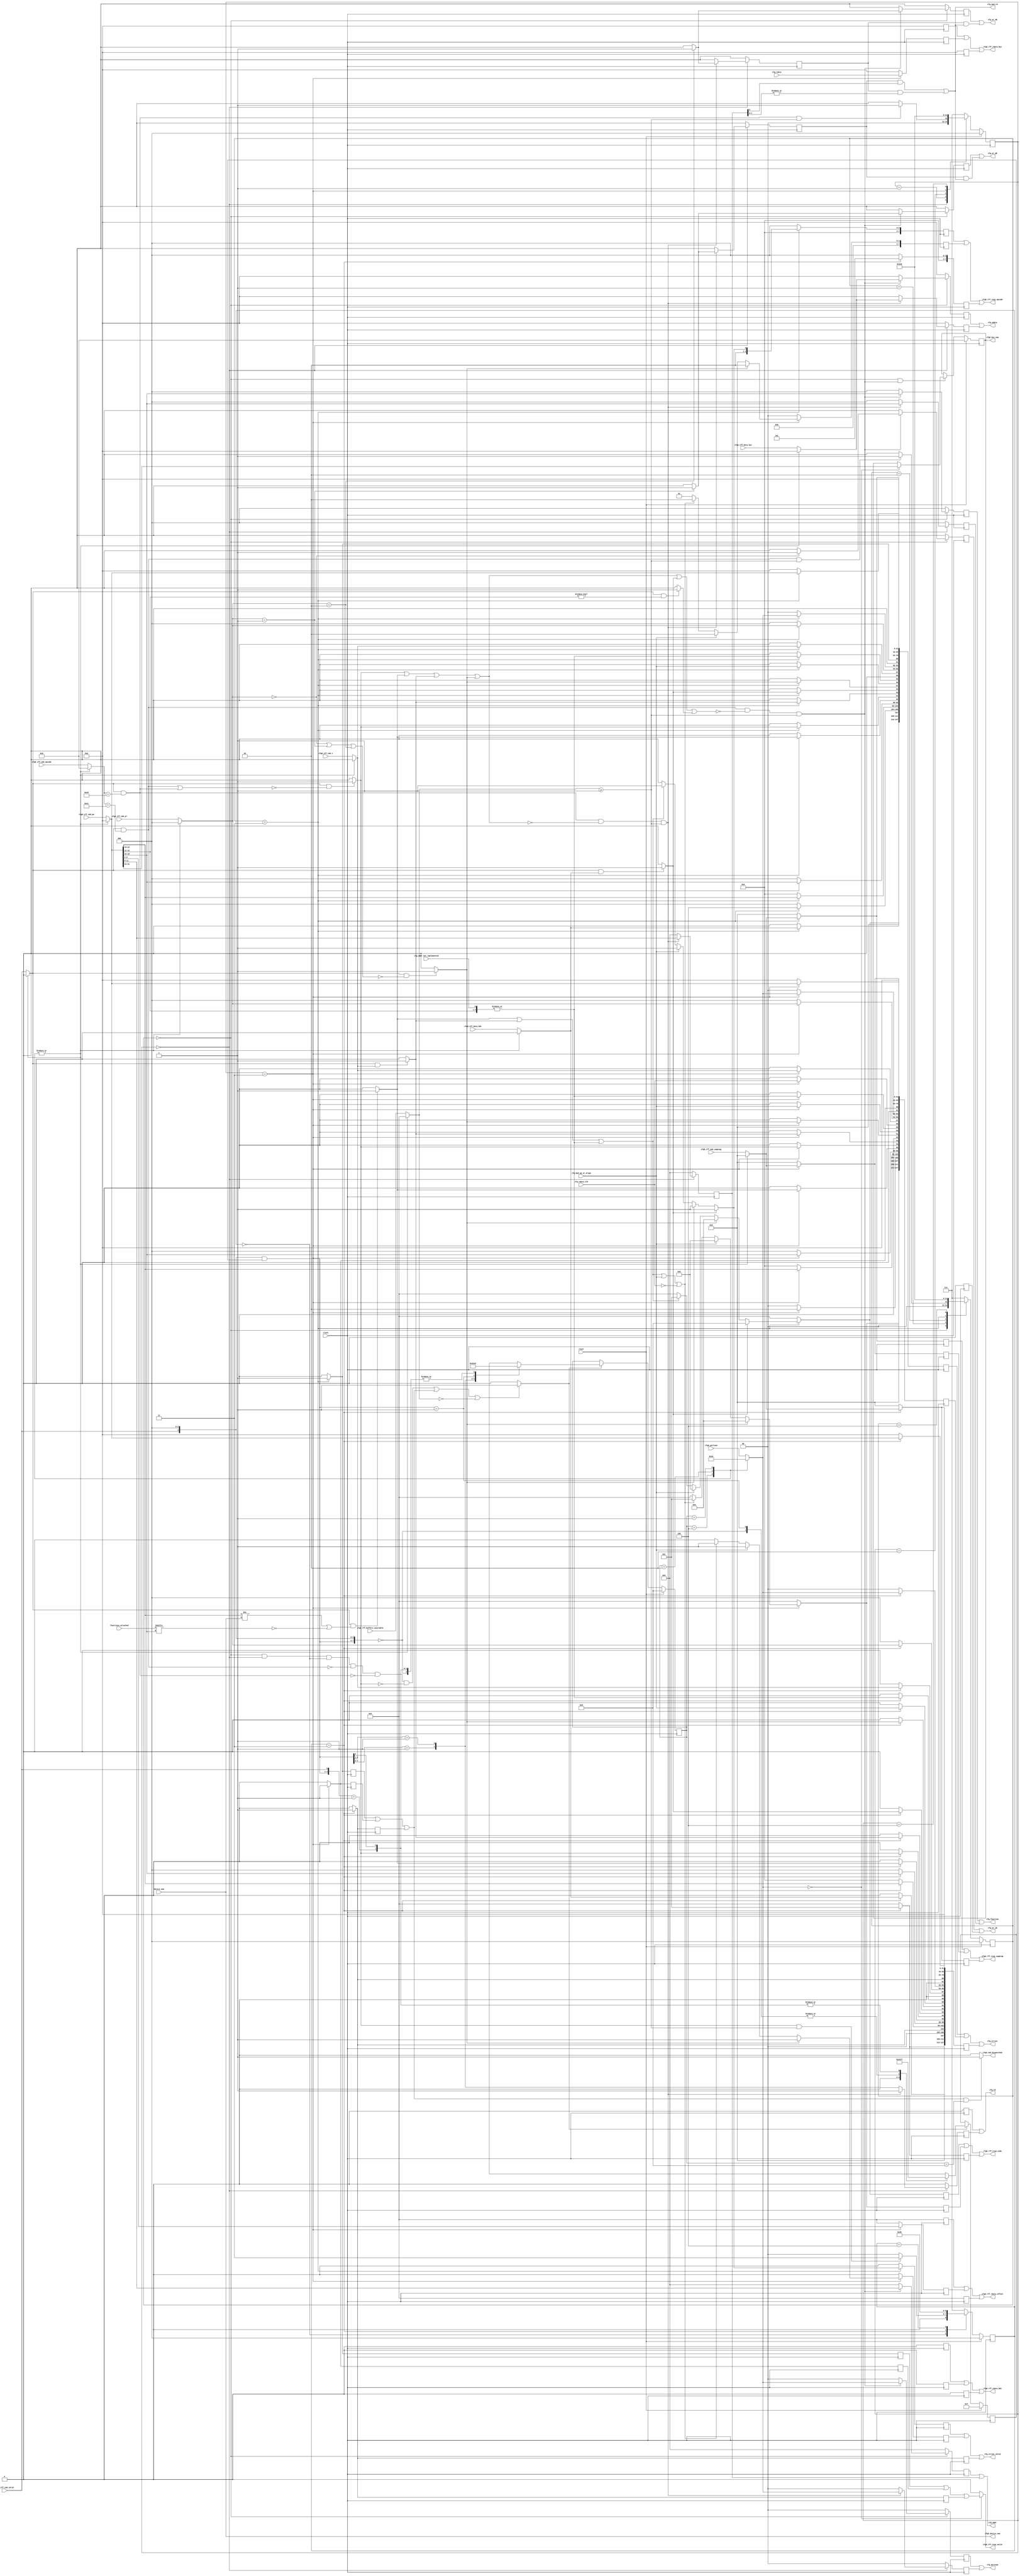
// *!***************************************************************************
// *! Copyright 2019 International Business Machines
// *!
// *! Licensed under the Apache License, Version 2.0 (the "License");
// *! you may not use this file except in compliance with the License.
// *! You may obtain a copy of the License at
// *! http://www.apache.org/licenses/LICENSE-2.0
// *!
// *! The patent license granted to you in Section 3 of the License, as applied
// *! to the "Work," hereby includes implementations of the Work in physical form.
// *!
// *! Unless required by applicable law or agreed to in writing, the reference design
// *! distributed under the License is distributed on an "AS IS" BASIS,
// *! WITHOUT WARRANTIES OR CONDITIONS OF ANY KIND, either express or implied.
// *! See the License for the specific language governing permissions and
// *! limitations under the License.
// *!
// *! The background Specification upon which this is based is managed by and available from
// *! the OpenCAPI Consortium.  More information can be found at https://opencapi.org.
// *!***************************************************************************
 
 
 
`timescale 1ps / 1ps
  `define CFG_SEQ_VERSION         03_Apr_2019   //  #101 Prevent non-zero 15:12 of physical address access from updating register



module cfg_seq (
    input         clock                       // Clock - samples & launches data on rising edge
  , input         reset                       // When 1, reset registers to an empty FIFO state
  
    // Information about instantiation
  , input   [4:0] device_num                  // Propagate down from Device input
  , input   [7:0] functions_attached          // For each Function attached, set the bit to 1 corresponding to its number (i.e. Func 0,1 = 8'h03)

    // Port 0: From CMD FIFO
  , input   [1:0] cfg0_portnum                // Hardcoded port number associated with this TLX instance (use vector for future expansion)
  , `ifdef MARK_DEBUG_ACTIVE (* mark_debug = "TRUE" *) `endif
    input   [7:0] cfg0_cff_cmd_opcode
  , `ifdef MARK_DEBUG_ACTIVE (* mark_debug = "TRUE" *) `endif
    input  [31:0] cfg0_cff_cmd_pa             // Per OpenCAPI TL spec, pa[63:32] are 'reserved' so don't use them to conserve FPGA resources
  , `ifdef MARK_DEBUG_ACTIVE (* mark_debug = "TRUE" *) `endif
    input  [15:0] cfg0_cff_cmd_capptag
  , `ifdef MARK_DEBUG_ACTIVE (* mark_debug = "TRUE" *) `endif
    input         cfg0_cff_cmd_t
  , `ifdef MARK_DEBUG_ACTIVE (* mark_debug = "TRUE" *) `endif
    input   [2:0] cfg0_cff_cmd_pl
  , `ifdef MARK_DEBUG_ACTIVE (* mark_debug = "TRUE" *) `endif
    input         cfg0_cff_data_bdi
  , `ifdef MARK_DEBUG_ACTIVE (* mark_debug = "TRUE" *) `endif
    input  [31:0] cfg0_cff_data_bus
  , `ifdef MARK_DEBUG_ACTIVE (* mark_debug = "TRUE" *) `endif
    input         cfg0_cff_cmd_valid          // Set to 1 when a command is pending at the FIFO output
  , `ifdef MARK_DEBUG_ACTIVE (* mark_debug = "TRUE" *) `endif
    output        cfg0_cmd_dispatched         // Pulse to 1 to increment read FIFO pointer to present the next FIFO entry
  , `ifdef MARK_DEBUG_ACTIVE (* mark_debug = "TRUE" *) `endif
    output  [7:0] cfg0_bus_num                // Propagate to anyone who may need to use it
  , output  [4:0] cfg0_device_num

`ifdef EXPOSE_CFG_PORT_1
   // Port 1: From CMD FIFO
  , input   [1:0] cfg1_portnum                // Hardcoded port number associated with this TLX instance (use vector for future expansion)
  , input   [7:0] cfg1_cff_cmd_opcode
  , input  [31:0] cfg1_cff_cmd_pa             // Per OpenCAPI TL spec, pa[63:32] are 'reserved' so don't use them to conserve FPGA resources
  , input  [15:0] cfg1_cff_cmd_capptag
  , input         cfg1_cff_cmd_t
  , input   [2:0] cfg1_cff_cmd_pl
  , input         cfg1_cff_data_bdi
  , input  [31:0] cfg1_cff_data_bus
  , input         cfg1_cff_cmd_valid          // Set to 1 when a command is pending at the FIFO output
  , output        cfg1_cmd_dispatched         // Pulse to 1 to increment read FIFO pointer to present the next FIFO entry
  , output  [7:0] cfg1_bus_num                // Propagate to anyone who may need to use it
  , output  [4:0] cfg1_device_num
`endif

`ifdef EXPOSE_CFG_PORT_2
   // Port 2: From CMD FIFO
  , input   [1:0] cfg2_portnum                // Hardcoded port number associated with this TLX instance (use vector for future expansion)
  , input   [7:0] cfg2_cff_cmd_opcode
  , input  [31:0] cfg2_cff_cmd_pa             // Per OpenCAPI TL spec, pa[63:32] are 'reserved' so don't use them to conserve FPGA resources
  , input  [15:0] cfg2_cff_cmd_capptag
  , input         cfg2_cff_cmd_t
  , input   [2:0] cfg2_cff_cmd_pl
  , input         cfg2_cff_data_bdi
  , input  [31:0] cfg2_cff_data_bus
  , input         cfg2_cff_cmd_valid          // Set to 1 when a command is pending at the FIFO output
  , output        cfg2_cmd_dispatched         // Pulse to 1 to increment read FIFO pointer to present the next FIFO entry
  , output  [7:0] cfg2_bus_num                // Propagate to anyone who may need to use it
  , output  [4:0] cfg2_device_num
`endif

`ifdef EXPOSE_CFG_PORT_3
   // Port 3: From CMD FIFO
  , input   [1:0] cfg3_portnum                // Hardcoded port number associated with this TLX instance (use vector for future expansion)
  , input   [7:0] cfg3_cff_cmd_opcode
  , input  [31:0] cfg3_cff_cmd_pa             // Per OpenCAPI TL spec, pa[63:32] are 'reserved' so don't use them to conserve FPGA resources
  , input  [15:0] cfg3_cff_cmd_capptag
  , input         cfg3_cff_cmd_t
  , input   [2:0] cfg3_cff_cmd_pl
  , input         cfg3_cff_data_bdi
  , input  [31:0] cfg3_cff_data_bus
  , input         cfg3_cff_cmd_valid          // Set to 1 when a command is pending at the FIFO output
  , output        cfg3_cmd_dispatched         // Pulse to 1 to increment read FIFO pointer to present the next FIFO entry
  , output  [7:0] cfg3_bus_num                // Propagate to anyone who may need to use it
  , output  [4:0] cfg3_device_num
`endif

   // Port 0: To RESP FIFO  
  , `ifdef MARK_DEBUG_ACTIVE (* mark_debug = "TRUE" *) `endif
    output        cfg0_rff_resp_valid         // Pulse to 1 when response and/or resp data is available for loading into response FIFO
  , `ifdef MARK_DEBUG_ACTIVE (* mark_debug = "TRUE" *) `endif
    output  [7:0] cfg0_rff_resp_opcode        // Info to load into response FIFO
  , `ifdef MARK_DEBUG_ACTIVE (* mark_debug = "TRUE" *) `endif
    output  [3:0] cfg0_rff_resp_code 
//, output  [1:0] cfg0_rff_resp_dl            The TLX will fill in dL=01 and dP=00 as only 1 FLIT is ever used. Comment vs. remove lines here in case another TLX operates differently.
//, output  [1:0] cfg0_rff_resp_dp            The TLX will fill in dL=01 and dP=00 as only 1 FLIT is ever used. Comment vs. remove lines here in case another TLX operates differently.
  , `ifdef MARK_DEBUG_ACTIVE (* mark_debug = "TRUE" *) `endif
    output [15:0] cfg0_rff_resp_capptag 
  , `ifdef MARK_DEBUG_ACTIVE (* mark_debug = "TRUE" *) `endif
    output  [3:0] cfg0_rff_rdata_offset 
  , `ifdef MARK_DEBUG_ACTIVE (* mark_debug = "TRUE" *) `endif
    output        cfg0_rff_rdata_bdi 
  , `ifdef MARK_DEBUG_ACTIVE (* mark_debug = "TRUE" *) `endif
    output [31:0] cfg0_rff_rdata_bus 
  , `ifdef MARK_DEBUG_ACTIVE (* mark_debug = "TRUE" *) `endif
    input   [3:0] cfg0_rff_buffers_available  // Used to determine when can send something to the response FIFO  

`ifdef EXPOSE_CFG_PORT_1
   // Port 1: To RESP FIFO
  , output        cfg1_rff_resp_valid         // Pulse to 1 when response and/or resp data is available for loading into response FIFO
  , output  [7:0] cfg1_rff_resp_opcode 
  , output  [3:0] cfg1_rff_resp_code 
//, output  [1:0] cfg1_rff_resp_dl 
//, output  [1:0] cfg1_rff_resp_dp 
  , output [15:0] cfg1_rff_resp_capptag 
  , output  [3:0] cfg1_rff_rdata_offset 
  , output        cfg1_rff_rdata_bdi 
  , output [31:0] cfg1_rff_rdata_bus 
  , input   [3:0] cfg1_rff_buffers_available  // Used to determine when can send something to the response FIFO    
`endif

`ifdef EXPOSE_CFG_PORT_2
   // Port 2: To RESP FIFO
  , output        cfg2_rff_resp_valid         // Pulse to 1 when response and/or resp data is available for loading into response FIFO
  , output  [7:0] cfg2_rff_resp_opcode 
  , output  [3:0] cfg2_rff_resp_code 
//, output  [1:0] cfg2_rff_resp_dl 
//, output  [1:0] cfg2_rff_resp_dp 
  , output [15:0] cfg2_rff_resp_capptag 
  , output  [3:0] cfg2_rff_rdata_offset 
  , output        cfg2_rff_rdata_bdi 
  , output [31:0] cfg2_rff_rdata_bus 
  , input   [3:0] cfg2_rff_buffers_available  // Used to determine when can send something to the response FIFO    
`endif

`ifdef EXPOSE_CFG_PORT_3
   // Port 3: To RESP FIFO
  , output        cfg3_rff_resp_valid         // Pulse to 1 when response and/or resp data is available for loading into response FIFO
  , output  [7:0] cfg3_rff_resp_opcode 
  , output  [3:0] cfg3_rff_resp_code 
//, output  [1:0] cfg3_rff_resp_dl 
//, output  [1:0] cfg3_rff_resp_dp 
  , output [15:0] cfg3_rff_resp_capptag 
  , output  [3:0] cfg3_rff_rdata_offset 
  , output        cfg3_rff_rdata_bdi 
  , output [31:0] cfg3_rff_rdata_bus 
  , input   [3:0] cfg3_rff_buffers_available  // Used to determine when can send something to the response FIFO    
`endif


   // CFG_SEQ -> CFG_F* Functional Interface
  , `ifdef MARK_DEBUG_ACTIVE (* mark_debug = "TRUE" *) `endif
    output  [2:0] cfg_function
  , `ifdef MARK_DEBUG_ACTIVE (* mark_debug = "TRUE" *) `endif
    output  [1:0] cfg_portnum                  
  , `ifdef MARK_DEBUG_ACTIVE (* mark_debug = "TRUE" *) `endif
    output [11:0] cfg_addr                     
  , `ifdef MARK_DEBUG_ACTIVE (* mark_debug = "TRUE" *) `endif
    output [31:0] cfg_wdata                    
  , `ifdef MARK_DEBUG_ACTIVE (* mark_debug = "TRUE" *) `endif
    input  [31:0] cfg_rdata                 // OR together Function outputs
  , `ifdef MARK_DEBUG_ACTIVE (* mark_debug = "TRUE" *) `endif
    input         cfg_rdata_vld             // OR together Function outputs             
  , `ifdef MARK_DEBUG_ACTIVE (* mark_debug = "TRUE" *) `endif
    output        cfg_wr_1B                    
  , `ifdef MARK_DEBUG_ACTIVE (* mark_debug = "TRUE" *) `endif
    output        cfg_wr_2B                    
  , `ifdef MARK_DEBUG_ACTIVE (* mark_debug = "TRUE" *) `endif
    output        cfg_wr_4B                    
  , `ifdef MARK_DEBUG_ACTIVE (* mark_debug = "TRUE" *) `endif
    output        cfg_rd
  , `ifdef MARK_DEBUG_ACTIVE (* mark_debug = "TRUE" *) `endif
    output        cfg_bad_rd  
  , `ifdef MARK_DEBUG_ACTIVE (* mark_debug = "TRUE" *) `endif
    input         cfg_bad_op_or_align       // OR together Function outputs 
  , `ifdef MARK_DEBUG_ACTIVE (* mark_debug = "TRUE" *) `endif
    input         cfg_addr_not_implemented  // OR together Function outputs   
    // Error conditions

    // Supplemental Error Information - The AFU may optionally provide a means for CFG errors & error information to be reported to the host
//, `ifdef MARK_DEBUG_ACTIVE (* mark_debug = "TRUE" *) `endif
//  output [127:0] cfg_cfw_errvec
//, `ifdef MARK_DEBUG_ACTIVE (* mark_debug = "TRUE" *) `endif
//  output         cfg_cfw_errvec_valid
//, `ifdef MARK_DEBUG_ACTIVE (* mark_debug = "TRUE" *) `endif
//  output [127:0] cfg_cfr_errvec
//, `ifdef MARK_DEBUG_ACTIVE (* mark_debug = "TRUE" *) `endif
//  output         cfg_cfr_errvec_valid
  , `ifdef MARK_DEBUG_ACTIVE (* mark_debug = "TRUE" *) `endif
    output [127:0] cfg_errvec
  , `ifdef MARK_DEBUG_ACTIVE (* mark_debug = "TRUE" *) `endif
    output         cfg_errvec_valid


) ;


// ==============================================================================================================================
// @@@  ARB: Arbitrate between command FIFOs to select the next command to execute
// ==============================================================================================================================
// Note: Design this as if there were 4 TLX instances to help show how it would expand.


// Declare and tie off Port if not configured
`ifdef EXPOSE_CFG_PORT_1
  // If exposed, signals are declared and assigned as module ports.
`else
  wire  [1:0] cfg1_portnum;               
  wire  [7:0] cfg1_cff_cmd_opcode;
  wire [31:0] cfg1_cff_cmd_pa;                   // Per OpenCAPI TL spec, pa[63:32] are 'reserved' so don't use them to conserve FPGA resources
  wire [15:0] cfg1_cff_cmd_capptag;
  wire        cfg1_cff_cmd_t;
  wire  [2:0] cfg1_cff_cmd_pl;
  wire        cfg1_cff_data_bdi;
  wire [31:0] cfg1_cff_data_bus;
  wire        cfg1_cff_cmd_valid;         
  wire        cfg1_cmd_dispatched; 
  wire  [3:0] cfg1_rff_buffers_available;       
  assign cfg1_portnum               = 2'b01;           // Assign proper port number
  assign cfg1_cff_cmd_opcode        = 8'h00;
  assign cfg1_cff_cmd_pa            = 32'h0000_0000;
  assign cfg1_cff_cmd_capptag       = 16'h0000;
  assign cfg1_cff_cmd_t             = 1'b0;
  assign cfg1_cff_cmd_pl            = 3'b000;
  assign cfg1_cff_data_bdi          = 1'b0;
  assign cfg1_cff_data_bus          = 32'h0000_0000;
  assign cfg1_cff_cmd_valid         = 1'b0;            // Tie inactive
  assign cfg1_rff_buffers_available = 4'b0000;         // No space in RESP FIFO since it doesn't exist
`endif


// Declare and tie off Port if not configured
`ifdef EXPOSE_CFG_PORT_2
  // If exposed, signals are declared and assigned as module ports.
`else
  wire  [1:0] cfg2_portnum;               
  wire  [7:0] cfg2_cff_cmd_opcode;
  wire [31:0] cfg2_cff_cmd_pa;                   // Per OpenCAPI TL spec, pa[63:32] are 'reserved' so don't use them to conserve FPGA resources
  wire [15:0] cfg2_cff_cmd_capptag;
  wire        cfg2_cff_cmd_t;
  wire  [2:0] cfg2_cff_cmd_pl;
  wire        cfg2_cff_data_bdi;
  wire [31:0] cfg2_cff_data_bus;
  wire        cfg2_cff_cmd_valid;         
  wire        cfg2_cmd_dispatched; 
  wire  [3:0] cfg2_rff_buffers_available;       
  assign cfg2_portnum               = 2'b10;           // Assign proper port number
  assign cfg2_cff_cmd_opcode        = 8'h00;
  assign cfg2_cff_cmd_pa            = 32'h0000_0000;
  assign cfg2_cff_cmd_capptag       = 16'h0000;
  assign cfg2_cff_cmd_t             = 1'b0;
  assign cfg2_cff_cmd_pl            = 3'b000;
  assign cfg2_cff_data_bdi          = 1'b0;
  assign cfg2_cff_data_bus          = 32'h0000_0000;
  assign cfg2_cff_cmd_valid         = 1'b0;            // Tie inactive
  assign cfg2_rff_buffers_available = 4'b0000;         // No space in RESP FIFO since it doesn't exist
`endif


// Declare and tie off Port if not configured
`ifdef EXPOSE_CFG_PORT_3
  // If exposed, signals are declared and assigned as module ports.
`else
  wire  [1:0] cfg3_portnum;               
  wire  [7:0] cfg3_cff_cmd_opcode;
  wire [31:0] cfg3_cff_cmd_pa;                   // Per OpenCAPI TL spec, pa[63:32] are 'reserved' so don't use them to conserve FPGA resources
  wire [15:0] cfg3_cff_cmd_capptag;
  wire        cfg3_cff_cmd_t;
  wire  [2:0] cfg3_cff_cmd_pl;
  wire        cfg3_cff_data_bdi;
  wire [31:0] cfg3_cff_data_bus;
  wire        cfg3_cff_cmd_valid;         
  wire        cfg3_cmd_dispatched; 
  wire  [3:0] cfg3_rff_buffers_available;       
  assign cfg3_portnum               = 2'b11;           // Assign proper port number
  assign cfg3_cff_cmd_opcode        = 8'h00;
  assign cfg3_cff_cmd_pa            = 32'h0000_0000;
  assign cfg3_cff_cmd_capptag       = 16'h0000;
  assign cfg3_cff_cmd_t             = 1'b0;
  assign cfg3_cff_cmd_pl            = 3'b000;
  assign cfg3_cff_data_bdi          = 1'b0;
  assign cfg3_cff_data_bus          = 32'h0000_0000;
  assign cfg3_cff_cmd_valid         = 1'b0;            // Tie inactive
  assign cfg3_rff_buffers_available = 4'b0000;         // No space in RESP FIFO since it doesn't exist
`endif


// Arbitrate between sources (round robin)
//
// Implementation Notes:
// Since there are only a few sources, this implementation uses a priority encoder to select the source. 
// If the number of sources was much higher, a different implementation may be needed to meet timing.
// The priority encoder chooses bits to the left over bits to the right.
// Into the priority encoder goes a vector of 'valid' (i.e. request) signals consisting of a masked copy 
// on the left, appended to a raw copy on the right. The previous choice of source determines the mask,
// forcing all the source valid's up to and including the last source to 0. This means sources to the right
// will have higher priority, allowing lower priority ports first access. If the lowest priority port
// was selected last time, the appending of an unmasked copy of the valid's to the right creates a 'wrap'
// in priority to circle back to the beginning. 

wire [3:0] valid_vector;    // Concatenate cmd valid sources
assign valid_vector  = {cfg0_cff_cmd_valid, cfg1_cff_cmd_valid, cfg2_cff_cmd_valid, cfg3_cff_cmd_valid};

reg  [3:0] select_mask;     // Carries history of last selected source
wire [7:0] masked_valids;   // Create masked copy appended to raw valid vector (note width is twice the number of sources)
assign masked_valids = {{valid_vector & select_mask}, valid_vector}; 

wire       cmd_dispatched;   // Pulsed to 1 when state machine has finished executing the selected command
reg    cfw_cmd_dispatched;   // From config_write state machine
reg    cfr_cmd_dispatched;   // From config_read  state machine
reg    bop_cmd_dispatched;   // From bad opcode   state machine
assign cmd_dispatched = cfw_cmd_dispatched | cfr_cmd_dispatched | bop_cmd_dispatched;   // combined 'dispatched' signal

wire   select_new_source;    
// (assign later after state machines are declared)

reg  [3:0] selected_config; // One-hot vector indicating which source is currently selected
always @(posedge(clock))
  if (reset == 1'b1)
    begin
      selected_config <= 4'b1000;   // Select TLX 0 as default, since there should always be at least 1 TLX port
      select_mask     <= 4'b1111;   // TLX 0 has highest priority
    end
  else if (select_new_source == 1'b1)  // State Machine is idle, make a new selection
    casez (masked_valids)              // Use 'casez' so ? can map to any bit value in lower priority positions
      8'b0000_0000: begin  selected_config <= 4'b1000;  select_mask <= 4'b1111;  end  // No command is valid, set to default conditions
      8'b1???_????: begin  selected_config <= 4'b1000;  select_mask <= 4'b0111;  end  // choose TLX 0, mask set so TLX 1-n have next priority
      8'b01??_????: begin  selected_config <= 4'b0100;  select_mask <= 4'b0011;  end  // choose TLX 1, mask set so TLX 2-n have next priority
      8'b001?_????: begin  selected_config <= 4'b0010;  select_mask <= 4'b0001;  end  // choose TLX 2, mask set so TLX 3-n have next priority
      8'b0001_????: begin  selected_config <= 4'b0001;  select_mask <= 4'b1111;  end  // choose TLX 3, mask set so TLX 0-n have next priority
      8'b0000_1???: begin  selected_config <= 4'b1000;  select_mask <= 4'b0111;  end  // choose TLX 0, mask set so TLX 1-n have next priority
      8'b0000_01??: begin  selected_config <= 4'b0100;  select_mask <= 4'b0011;  end  // choose TLX 1, mask set so TLX 2-n have next priority
      8'b0000_001?: begin  selected_config <= 4'b0010;  select_mask <= 4'b0001;  end  // choose TLX 2, mask set so TLX 3-n have next priority
      8'b0000_0001: begin  selected_config <= 4'b0001;  select_mask <= 4'b1111;  end  // choose TLX 3, mask set so TLX 0-n have next priority
    endcase
  else                                     // State machine is executing the selected command OR no config command is being presented
    begin
      selected_config <= selected_config;  // Hold in case State machine is executing the last selected command
      select_mask     <= select_mask;      // Preserve the last selection to enable fairness
    end  

// Arbitrator outputs contain the selected command to execute
reg   [1:0] arb_portnum;               
reg   [7:0] arb_cmd_opcode;
reg  [31:0] arb_cmd_pa;
reg  [15:0] arb_cmd_capptag;
reg         arb_cmd_t;
reg   [2:0] arb_cmd_pl;
reg         arb_data_bdi;
reg  [31:0] arb_data_bus;
`ifdef MARK_DEBUG_ACTIVE (* mark_debug = "TRUE" *) `endif
reg         arb_cmd_valid;         
`ifdef MARK_DEBUG_ACTIVE (* mark_debug = "TRUE" *) `endif
reg   [3:0] arb_rff_buffers_available;

always @(*)  // Combinational logic
  case (selected_config)
    4'b1000: begin
               arb_portnum               = cfg0_portnum;               // From CMD FIFO
               arb_cmd_opcode            = cfg0_cff_cmd_opcode;
               arb_cmd_pa                = cfg0_cff_cmd_pa;
               arb_cmd_capptag           = cfg0_cff_cmd_capptag;
               arb_cmd_t                 = cfg0_cff_cmd_t;
               arb_cmd_pl                = cfg0_cff_cmd_pl;
               arb_data_bdi              = cfg0_cff_data_bdi;
               arb_data_bus              = cfg0_cff_data_bus;
               arb_cmd_valid             = cfg0_cff_cmd_valid;   
               arb_rff_buffers_available = cfg0_rff_buffers_available; // From RESP FIFO       
             end
    4'b0100: begin
               arb_portnum               = cfg1_portnum;               // From CMD FIFO
               arb_cmd_opcode            = cfg1_cff_cmd_opcode;
               arb_cmd_pa                = cfg1_cff_cmd_pa;
               arb_cmd_capptag           = cfg1_cff_cmd_capptag;
               arb_cmd_t                 = cfg1_cff_cmd_t;
               arb_cmd_pl                = cfg1_cff_cmd_pl;
               arb_data_bdi              = cfg1_cff_data_bdi;
               arb_data_bus              = cfg1_cff_data_bus;
               arb_cmd_valid             = cfg1_cff_cmd_valid;   
               arb_rff_buffers_available = cfg1_rff_buffers_available; // From RESP FIFO       
             end
    4'b0010: begin
               arb_portnum               = cfg2_portnum;               // From CMD FIFO
               arb_cmd_opcode            = cfg2_cff_cmd_opcode;
               arb_cmd_pa                = cfg2_cff_cmd_pa;
               arb_cmd_capptag           = cfg2_cff_cmd_capptag;
               arb_cmd_t                 = cfg2_cff_cmd_t;
               arb_cmd_pl                = cfg2_cff_cmd_pl;
               arb_data_bdi              = cfg2_cff_data_bdi;
               arb_data_bus              = cfg2_cff_data_bus;
               arb_cmd_valid             = cfg2_cff_cmd_valid;   
               arb_rff_buffers_available = cfg2_rff_buffers_available; // From RESP FIFO       
             end
    4'b0001: begin
               arb_portnum               = cfg3_portnum;               // From CMD FIFO
               arb_cmd_opcode            = cfg3_cff_cmd_opcode;
               arb_cmd_pa                = cfg3_cff_cmd_pa;
               arb_cmd_capptag           = cfg3_cff_cmd_capptag;
               arb_cmd_t                 = cfg3_cff_cmd_t;
               arb_cmd_pl                = cfg3_cff_cmd_pl;
               arb_data_bdi              = cfg3_cff_data_bdi;
               arb_data_bus              = cfg3_cff_data_bus;
               arb_cmd_valid             = cfg3_cff_cmd_valid;   
               arb_rff_buffers_available = cfg3_rff_buffers_available; // From RESP FIFO       
             end
    default: begin   // Should never happen, but if it does choose TLX 0
               arb_portnum               = cfg0_portnum;               // From CMD FIFO
               arb_cmd_opcode            = cfg0_cff_cmd_opcode;
               arb_cmd_pa                = cfg0_cff_cmd_pa;
               arb_cmd_capptag           = cfg0_cff_cmd_capptag;
               arb_cmd_t                 = cfg0_cff_cmd_t;
               arb_cmd_pl                = cfg0_cff_cmd_pl;
               arb_data_bdi              = cfg0_cff_data_bdi;
               arb_data_bus              = cfg0_cff_data_bus;
               arb_cmd_valid             = cfg0_cff_cmd_valid;   
               arb_rff_buffers_available = cfg0_rff_buffers_available; // From RESP FIFO       
             end
  endcase

// After command is executed, tell selected FIFO to advance to the next command
assign cfg0_cmd_dispatched = (cmd_dispatched == 1'b1 && selected_config == 4'b1000) ? 1'b1 : 1'b0;
assign cfg1_cmd_dispatched = (cmd_dispatched == 1'b1 && selected_config == 4'b0100) ? 1'b1 : 1'b0;
assign cfg2_cmd_dispatched = (cmd_dispatched == 1'b1 && selected_config == 4'b0010) ? 1'b1 : 1'b0;
assign cfg3_cmd_dispatched = (cmd_dispatched == 1'b1 && selected_config == 4'b0001) ? 1'b1 : 1'b0;


// ==============================================================================================================================
// @@@  OPD: Operation Decode
// ==============================================================================================================================

wire [7:0] arb_cmd_bus;
wire [4:0] arb_cmd_device;
wire [2:0] arb_cmd_function;
assign arb_cmd_bus      = arb_cmd_pa[31:24];  // Extract values from config_write address field
assign arb_cmd_device   = arb_cmd_pa[23:19];
assign arb_cmd_function = arb_cmd_pa[18:16];

`ifdef MARK_DEBUG_ACTIVE (* mark_debug = "TRUE" *) `endif
wire   start_config_write;         
`ifdef MARK_DEBUG_ACTIVE (* mark_debug = "TRUE" *) `endif
wire   start_config_read;
assign start_config_write = (arb_cmd_valid == 1'b1 && arb_cmd_opcode == 8'hE1);
assign start_config_read  = (arb_cmd_valid == 1'b1 && arb_cmd_opcode == 8'hE0);

// --- Error conditions ---
//
// Error conditions will log an error, which may be passed on to the AFU if it supports reporting errors on behalf of the 
// configuration sub-system. These should be treated as fatal errors even though CFG_SEQ may or may not stop processing commands.  

`ifdef MARK_DEBUG_ACTIVE (* mark_debug = "TRUE" *) `endif
wire   detect_bad_op;              // Opcode is not recognized (fatal error since CFG_SEQ will hang as no logic will generate 'cmd_dispatched')
`ifdef MARK_DEBUG_ACTIVE (* mark_debug = "TRUE" *) `endif
wire   dev_func_mismatch;          // Device or Function number in the cmd does not match implemented values (recoverable error)
`ifdef MARK_DEBUG_ACTIVE (* mark_debug = "TRUE" *) `endif
wire   tbit_is_1;                  // T bit in cmd is not 0 (recoverable error)
`ifdef MARK_DEBUG_ACTIVE (* mark_debug = "TRUE" *) `endif
wire   pl_is_invalid;              // pL must be 1B (000), 2B (001), or 4B (010) on config_* commands
`ifdef MARK_DEBUG_ACTIVE (* mark_debug = "TRUE" *) `endif
wire   data_is_bad;                // If BDI on write data is 1, suppress the write and consider it an error
`ifdef MARK_DEBUG_ACTIVE (* mark_debug = "TRUE" *) `endif
wire   addr_is_bad;                // If address bits 15:12 non-zero it is an error
`ifdef MARK_DEBUG_ACTIVE (* mark_debug = "TRUE" *) `endif
wire   errors_detected_wr;         // Summary of all errors (for config_write)
`ifdef MARK_DEBUG_ACTIVE (* mark_debug = "TRUE" *) `endif
wire   errors_detected_rd;         // Summary of all errors (for config_read)

assign detect_bad_op      = (arb_cmd_valid == 1'b1 && !(start_config_write | start_config_read) ) ? 1'b1 : 1'b0;
assign dev_func_mismatch  = (arb_cmd_valid == 1'b1 && (arb_cmd_device != device_num || functions_attached[arb_cmd_function] != 1'b1) ) ? 1'b1 : 1'b0;
assign tbit_is_1          = (arb_cmd_valid == 1'b1 && arb_cmd_t == 1'b1) ? 1'b1 : 1'b0;
assign pl_is_invalid      = (arb_cmd_valid == 1'b1 && !(arb_cmd_pl == 3'b000 || arb_cmd_pl == 3'b001 || arb_cmd_pl == 3'b010)) ? 1'b1 : 1'b0;
assign data_is_bad        = (arb_cmd_valid == 1'b1 && arb_data_bdi == 1'b1) ? 1'b1 : 1'b0;
assign addr_is_bad        = (arb_cmd_valid == 1'b1 && arb_cmd_pa[15:12] != 4'b0) ? 1'b1 : 1'b0;
assign errors_detected_wr = detect_bad_op | dev_func_mismatch | tbit_is_1 | pl_is_invalid | data_is_bad | addr_is_bad;
assign errors_detected_rd = detect_bad_op | dev_func_mismatch | tbit_is_1 | pl_is_invalid ; // Ignore incoming BDI on config_read

wire alert_cfg_addr_not_implemented;
assign alert_cfg_addr_not_implemented = |({cfg_addr_not_implemented,arb_cmd_pa[15:12]});

// ==============================================================================================================================
// @@@ BOP: Bad (a.k.a. unrecognized, invalid) Opcode state machine
// ==============================================================================================================================
// Since we don't know what the command is, return a fail response code and clear the bad opcode from the CMD FIFO to keep going.

reg         bop_resp_valid;
reg   [7:0] bop_resp_opcode;
reg   [3:0] bop_resp_code; 
//g   [1:0] bop_resp_dl;
//g   [1:0] bop_resp_dp;
reg  [15:0] bop_resp_capptag;
reg   [3:0] bop_rdata_offset;
reg         bop_rdata_bdi;
reg  [31:0] bop_rdata_bus;

reg [127:0] bop_errvec;          // Error information to save and (optionally) pass to the AFU
reg         bop_errvec_valid;

`ifdef MARK_DEBUG_ACTIVE (* mark_debug = "TRUE" *) `endif
reg [2:0]  SM_BOP;           
parameter  SM_BOP_IDLE          = 3'b000;
//rameter  SM_BOP_WAIT1         = 3'b001;    // Just skip these states. That way FORM_RESPONSE and WAIT2NEXT_CMD are always the same number.
//rameter  SM_BOP_WAIT2         = 3'b010;
parameter  SM_BOP_FORM_RESPONSE = 3'b011;    
parameter  SM_BOP_WAIT4NEXT_CMD = 3'b100;
parameter  SM_BOP_ERROR         = 3'b111;    // May not be necessary, but define for possible future use

always @(posedge(clock))
  if (SM_BOP == SM_BOP_IDLE) 
    begin
      // If opcode is unrecognized and space is available in the response buffer, form error response and errvec in next cycle
      if (detect_bad_op == 1'b1 && arb_rff_buffers_available >= 4'b0001)
        begin
          // Nothing to do, just wait for state machine to advance to FORM_RESPONSE
        end
      else      // No command is valid, it is a valid config_write or config_read, or no Response buffer entry is available
        begin
          // Nothing to do, state machine will just wait here
        end
    end
  else          // Not in this state
    begin
      // Nothing to do
    end

// FORM_RESPONSE: Since an error occurred, prepare a fail response. Also save error information and generate interrupt. 
//                Since a response buffer slot is known to be present (checked before command was started), 
//                indicate the command is complete and return to IDLE state.
// NOTE: The OpenCAPI TL architecture doesn't specify which response type to issue on a bad response, because it expects
//       the lower TLX layer to detect and report it as a malformed FLIT. So if it happens at this layer, the proper
//       response could be a mem_wr_fail or mem_rd_fail - either is as good as the other. This implementation chooses mem_wr_fail.
always @(posedge(clock))
  if (SM_BOP == SM_BOP_FORM_RESPONSE) 
    begin
      // These signals are independent of the response code
      bop_resp_valid      <= 1'b1;             // Load the generated response into the Response FIFO on the next cycle
//    bop_resp_dl         <= 2'b01;            // TL architecture specifies dL=64 Bytes on mem_wr_response to config_write
//    bop_resp_dp         <= 2'b00;            // TL architecture specifies all FLITs covered by response, so start at 0
      bop_resp_capptag    <= arb_cmd_capptag;  // Return 'capptag' from original command
      bop_rdata_offset    <= 4'b0000;          // No resp data on config_write
      bop_rdata_bdi       <= 1'b0;
      bop_rdata_bus       <= 32'h0000_0000;
      bop_cmd_dispatched  <= 1'b1;             // Remove this command from the selected CMD FIFO
      // Form fields for error vector, see documentation for desired field definition
      bop_errvec[127:112] <= 16'h0000;         // Reserve 'Error Source' field (AFU will overlay this)
      //        [111:108]                      // 'Response Code' filled in below
      bop_errvec[    107] <= arb_data_bdi;
      bop_errvec[106:104] <= 3'b001;           // [104] = bad opcode error
      bop_errvec[103: 99] <= arb_cmd_device;
      bop_errvec[ 98: 96] <= arb_cmd_function;
      bop_errvec[     95] <= dev_func_mismatch;
      bop_errvec[     94] <= detect_bad_op;
      bop_errvec[     93] <= tbit_is_1;
      bop_errvec[     92] <= data_is_bad;      
      bop_errvec[     91] <= pl_is_invalid;
      bop_errvec[     90] <= cfg_bad_op_or_align;
      bop_errvec[     89] <= alert_cfg_addr_not_implemented;
      bop_errvec[     88] <= 1'b0;   // cfg_rdata_vld
      bop_errvec[     87] <= arb_cmd_t;
      bop_errvec[ 86: 84] <= arb_cmd_pl;
      bop_errvec[ 83: 82] <= arb_portnum;
      bop_errvec[ 81: 80] <= 2'b01;            // dL doesn't exist in config_write or config_read, so set to one 64B FLIT
      bop_errvec[ 79: 64] <= arb_cmd_capptag;
      bop_errvec[ 63:  0] <= { 32'b0, arb_cmd_pa };
      // Fill in fail response fields for detect_bad_op
      bop_resp_opcode     <= 8'h05;            // mem_wr_fail
      bop_resp_code       <= 4'hE;             // General failure 
      bop_errvec[111:108] <= 4'hE;
      bop_errvec_valid    <= 1'b1;
    end
  else          // Not in this state
    begin
      bop_resp_valid      <= 1'b0;                 // Set to 0 so doesn't interfere with OR gate 
//    bop_resp_dl         <= 2'b0;            
//    bop_resp_dp         <= 2'b0;            
      bop_resp_capptag    <= 16'b0; 
      bop_rdata_offset    <= 4'b0;          
      bop_rdata_bdi       <= 1'b0;
      bop_rdata_bus       <= 32'b0;
      bop_cmd_dispatched  <= 1'b0; 
      bop_resp_opcode     <= 8'h00;
      bop_resp_code       <= 4'h0;   
      bop_errvec          <= 128'b0;               // No error information saved
      bop_errvec_valid    <= 1'b0;                 // Error information is not valid
    end


// WAIT4NEXT_CMD: In this cycle, 'cmd_dispatched' appears at the CMD FIFO, so give it a cycle to move to the next command.
//                From a behavior standpoint, there is nothing to do. 


// Determine next state
always @(posedge(clock))
  if (reset == 1'b1)                             SM_BOP <= SM_BOP_IDLE;   
  else 
    case (SM_BOP)
      SM_BOP_IDLE:            
          if (detect_bad_op == 1'b1 && arb_rff_buffers_available >= 4'b0001)        // Proceed if errors exist, without write or read 
                                                 SM_BOP <= SM_BOP_FORM_RESPONSE;        
          else                                   SM_BOP <= SM_BOP_IDLE;
      SM_BOP_FORM_RESPONSE:                                                        // SEQ captures acknowledgement so can form response
                                                 SM_BOP <= SM_BOP_WAIT4NEXT_CMD;
      SM_BOP_WAIT4NEXT_CMD:                                                        // Wait for CMD FIFO to move to next CMD
                                                 SM_BOP <= SM_BOP_IDLE;
      SM_BOP_ERROR:
                                                 SM_BOP <= SM_BOP_ERROR;           // Once in ERROR state, stay there
      default:
                                                 SM_BOP <= SM_BOP_ERROR;           // Enter ERROR state if state decodes incorrectly
    endcase



// ==============================================================================================================================
// @@@ CFW: Configuration Write state machine
// ==============================================================================================================================

reg   [1:0] cfw_portnum;
reg   [2:0] cfw_function;
reg  [11:0] cfw_addr;                    
reg  [31:0] cfw_wdata;                   
reg         cfw_wr_1B;                   
reg         cfw_wr_2B;                   
reg         cfw_wr_4B;                   
reg         cfw_rd;                      

reg         cfw_resp_valid;
reg   [7:0] cfw_resp_opcode;
reg   [3:0] cfw_resp_code; 
//g   [1:0] cfw_resp_dl;
//g   [1:0] cfw_resp_dp;
reg  [15:0] cfw_resp_capptag;
reg   [3:0] cfw_rdata_offset;
reg         cfw_rdata_bdi;
reg  [31:0] cfw_rdata_bus;

reg [127:0] cfw_errvec;          // Error information to save and (optionally) pass to the AFU
reg         cfw_errvec_valid;

`ifdef MARK_DEBUG_ACTIVE (* mark_debug = "TRUE" *) `endif
reg [2:0]  SM_CFW;           
parameter  SM_CFW_IDLE          = 3'b000;
parameter  SM_CFW_WAIT1         = 3'b001;
parameter  SM_CFW_WAIT2         = 3'b010;
parameter  SM_CFW_FORM_RESPONSE = 3'b011;
parameter  SM_CFW_WAIT4NEXT_CMD = 3'b100;
parameter  SM_CFW_ERROR         = 3'b111;    // May not be necessary, but define for possible future use

always @(posedge(clock))
  if (SM_CFW == SM_CFW_IDLE) 
    begin
      // if cmd was config_write, no error was decoded, and space is available in the response buffer, begin send write info to targeted Function
      if (start_config_write == 1'b1 && errors_detected_wr == 1'b0 && arb_rff_buffers_available >= 4'b0001)
        begin
          cfw_portnum        <= arb_portnum;
          cfw_function       <= arb_cmd_function;
          cfw_addr           <= arb_cmd_pa[11:0];       
          cfw_wdata          <= arb_data_bus;
          cfw_wr_1B          <= (arb_cmd_pl == 3'b000) ? 1'b1 : 1'b0;                   
          cfw_wr_2B          <= (arb_cmd_pl == 3'b001) ? 1'b1 : 1'b0;                   
          cfw_wr_4B          <= (arb_cmd_pl == 3'b010) ? 1'b1 : 1'b0;                   
          cfw_rd             <= 1'b0;
        end
      else      // No command is valid, it is not config_write, an error was detected on the command, or no Response buffer entry is available
        begin
          cfw_portnum        <= 2'b0;          // Set to 0 so doesn't interfere with OR gate
          cfw_function       <= 3'b0;
          cfw_addr           <= 12'b0;       
          cfw_wdata          <= 32'b0;
          cfw_wr_1B          <= 1'b0;                   
          cfw_wr_2B          <= 1'b0;                   
          cfw_wr_4B          <= 1'b0;                   
          cfw_rd             <= 1'b0;
        end
    end
  else          // Not in this state
    begin
      cfw_portnum        <= 2'b0;             // Set to 0 so doesn't interfere with OR gate
      cfw_function       <= 3'b0;
      cfw_addr           <= 12'b0;       
      cfw_wdata          <= 32'b0;
      cfw_wr_1B          <= 1'b0;                   
      cfw_wr_2B          <= 1'b0;                   
      cfw_wr_4B          <= 1'b0;                   
      cfw_rd             <= 1'b0;
    end

// WAIT1: Write cmd driven to Function.
//                From a behavior standpoint, there is nothing to do. 

// WAIT2: Function captures it and writes target reg.
//                From a behavior standpoint, there is nothing to do. 

// FORM_RESPONSE: SEQ captures acknowledgement so can form response.
//                Prepare one of two responses to the TLX. 
//                - If no error is present, prepare mem_wr_response
//                - If    error is present, prepare mem_wr_fail. Also save error information and generate interrupt. 
//                Since a response buffer slot is known to be present (checked before command was started), 
//                indicate the command is complete and return to IDLE state.
always @(posedge(clock))
  if (SM_CFW == SM_CFW_FORM_RESPONSE) 
    begin
      // These signals are independent of the response code
      cfw_resp_valid      <= 1'b1;             // Load the generated response into the Response FIFO on the next cycle
//    cfw_resp_dl         <= 2'b01;            // TL architecture specifies dL=64 Bytes on mem_wr_response to config_write
//    cfw_resp_dp         <= 2'b00;            // TL architecture specifies all FLITs covered by response, so start at 0
      cfw_resp_capptag    <= arb_cmd_capptag;  // Return 'capptag' from original command
      cfw_rdata_offset    <= 4'b0000;          // No resp data on config_write
      cfw_rdata_bdi       <= 1'b0;
      cfw_rdata_bus       <= 32'h0000_0000;
      cfw_cmd_dispatched  <= 1'b1;             // Remove this command from the selected CMD FIFO
      // Form fields for error vector, see documentation for desired field definition
      cfw_errvec[127:112] <= 16'h0000;         // Reserve 'Error Source' field (AFU will overlay this)
      //        [111:108]                      // 'Response Code' filled in below
      cfw_errvec[    107] <= arb_data_bdi;
      cfw_errvec[106:104] <= 3'b100;           // [106] = config_write error
      cfw_errvec[103: 99] <= arb_cmd_device;
      cfw_errvec[ 98: 96] <= arb_cmd_function;
      cfw_errvec[     95] <= dev_func_mismatch;
      cfw_errvec[     94] <= detect_bad_op;
      cfw_errvec[     93] <= tbit_is_1;
      cfw_errvec[     92] <= data_is_bad;      
      cfw_errvec[     91] <= pl_is_invalid;
      cfw_errvec[     90] <= cfg_bad_op_or_align;
      cfw_errvec[     89] <= alert_cfg_addr_not_implemented;
      cfw_errvec[     88] <= 1'b0;   // cfg_rdata_vld
      cfw_errvec[     87] <= arb_cmd_t;
      cfw_errvec[ 86: 84] <= arb_cmd_pl;
      cfw_errvec[ 83: 82] <= arb_portnum;
      cfw_errvec[ 81: 80] <= 2'b01;            // dL doesn't exist in config_write or config_read, so set to one 64B FLIT
      cfw_errvec[ 79: 64] <= arb_cmd_capptag;
      cfw_errvec[ 63:  0] <= { 32'b0, arb_cmd_pa };
      // Check for errors, determining proper response code for each type
      if (data_is_bad == 1'b1)
        begin
          cfw_resp_opcode     <= 8'h05;            // mem_wr_fail
          cfw_resp_code       <= 4'h8;             // Data Error
          cfw_errvec[111:108] <= 4'h8;             // Save RESP_CODE field
          cfw_errvec_valid    <= 1'b1;             // Pulse error valid
        end
      else if (pl_is_invalid == 1'b1)
        begin
          cfw_resp_opcode     <= 8'h05;            // mem_wr_fail
          cfw_resp_code       <= 4'h9;             // Unsupported Operand length
          cfw_errvec[111:108] <= 4'h9;
          cfw_errvec_valid    <= 1'b1;
        end
      else if (cfg_bad_op_or_align == 1'b1)       // Assume design used legal combination of strobes, so must be address alignment error
        begin
          cfw_resp_opcode     <= 8'h05;            // mem_wr_fail
          cfw_resp_code       <= 4'hB;             // Bad address
          cfw_errvec[111:108] <= 4'hB;
          cfw_errvec_valid    <= 1'b1;
        end
      else if (dev_func_mismatch == 1'b1        || 
               tbit_is_1 == 1'b1                || 
               alert_cfg_addr_not_implemented == 1'b1 ) 
              // || ('access to register outside architected range')  <-- there is no check for this, since the address size used on
              //                                                          config ops ([11:0]) matches the address size of the configuration space
        begin
          cfw_resp_opcode     <= 8'h05;            // mem_wr_fail
          cfw_resp_code       <= 4'hE;             // General failure 
          cfw_errvec[111:108] <= 4'hE;
          cfw_errvec_valid    <= 1'b1;
       end
      else      // Command was successful
        begin
          cfw_resp_opcode     <= 8'h04;            // mem_wr_response
          cfw_resp_code       <= 4'h0;             // Not used with mem_wr_response
          cfw_errvec[111:108] <= 4'h0;             
          cfw_errvec_valid    <= 1'b0;             // No error to report
        end
    end
  else          // Not in this state
    begin
      cfw_resp_valid      <= 1'b0;                 // Set to 0 so doesn't interfere with OR gate 
//    cfw_resp_dl         <= 2'b0;            
//    cfw_resp_dp         <= 2'b0;            
      cfw_resp_capptag    <= 16'b0; 
      cfw_rdata_offset    <= 4'b0;          
      cfw_rdata_bdi       <= 1'b0;
      cfw_rdata_bus       <= 32'b0;
      cfw_cmd_dispatched  <= 1'b0; 
      cfw_resp_opcode     <= 8'h00;
      cfw_resp_code       <= 4'h0;   
      cfw_errvec          <= 128'b0;               // No error information saved
      cfw_errvec_valid    <= 1'b0;                 // Error information is not valid
    end


// WAIT4NEXT_CMD: In this cycle, 'cmd_dispatched' appears at the CMD FIFO, so give it a cycle to move to the next command.
//                From a behavior standpoint, there is nothing to do. 


// Determine next state
always @(posedge(clock))
  if (reset == 1'b1)                             SM_CFW <= SM_CFW_IDLE;   
  else 
    case (SM_CFW)
      SM_CFW_IDLE:            
          if (start_config_write == 1'b1 && arb_rff_buffers_available >= 4'b0001)   // Proceed if errors exist, but suppress write 
                                                 SM_CFW <= SM_CFW_WAIT1;        
          else                                   SM_CFW <= SM_CFW_IDLE;
      SM_CFW_WAIT1:                                                                // Write cmd driven to Function
                                                 SM_CFW <= SM_CFW_WAIT2;
      SM_CFW_WAIT2:                                                                // Function captures it and writes target reg
                                                 SM_CFW <= SM_CFW_FORM_RESPONSE;
      SM_CFW_FORM_RESPONSE:                                                        // SEQ captures acknowledgement so can form response
                                                 SM_CFW <= SM_CFW_WAIT4NEXT_CMD;
      SM_CFW_WAIT4NEXT_CMD:                                                        // Wait for CMD FIFO to move to next CMD
                                                 SM_CFW <= SM_CFW_IDLE;
      SM_CFW_ERROR:
                                                 SM_CFW <= SM_CFW_ERROR;           // Once in ERROR state, stay there
      default:
                                                 SM_CFW <= SM_CFW_ERROR;           // Enter ERROR state if state decodes incorrectly
    endcase


// ==============================================================================================================================
// @@@ BDF: Bus/Device/(Function) registers
// ==============================================================================================================================

// Bus/Device/Function Number:
//
// The Device and Function numbers are fixed based on implemention values. However the Bus number comes from the config_write
// command, so load it when receiving a valid config_write. Once saved, drive both the Bus and Device numbers out to the Functions
// and AFUs since AFUs need to put BDF on a signal to the TLX in some AFU initiated commands.

reg  [7:0] reg_cfg0_bus_num;   // Save one Bus number for each TLX port
`ifdef EXPOSE_CFG_PORT_1   reg  [7:0] reg_cfg1_bus_num;   `endif
`ifdef EXPOSE_CFG_PORT_2   reg  [7:0] reg_cfg2_bus_num;   `endif
`ifdef EXPOSE_CFG_PORT_3   reg  [7:0] reg_cfg3_bus_num;   `endif

always @(posedge(clock))
  if (reset == 1'b1)
    begin
      reg_cfg0_bus_num <= 8'h00;  // Not knowing the Bus number, make them the same as the port number just to keep them unique
      `ifdef EXPOSE_CFG_PORT_1   reg_cfg1_bus_num <= 8'h01;   `endif
      `ifdef EXPOSE_CFG_PORT_2   reg_cfg2_bus_num <= 8'h02;   `endif
      `ifdef EXPOSE_CFG_PORT_3   reg_cfg3_bus_num <= 8'h03;   `endif
    end
  else if (SM_CFW == SM_CFW_IDLE && (start_config_write == 1'b1 && errors_detected_wr == 1'b0 && arb_rff_buffers_available >= 4'b0001) )
    begin   // If starting a config_write, no error was decoded, and space is available in the response buffer, save the Bus number
      reg_cfg0_bus_num <= (arb_portnum == 2'b00) ? arb_cmd_bus : reg_cfg0_bus_num;   // Overlay if port number matches, else hold the value
      `ifdef EXPOSE_CFG_PORT_1   reg_cfg1_bus_num <= (arb_portnum == 2'b01) ? arb_cmd_bus : reg_cfg1_bus_num;   `endif
      `ifdef EXPOSE_CFG_PORT_2   reg_cfg2_bus_num <= (arb_portnum == 2'b10) ? arb_cmd_bus : reg_cfg2_bus_num;   `endif
      `ifdef EXPOSE_CFG_PORT_3   reg_cfg3_bus_num <= (arb_portnum == 2'b11) ? arb_cmd_bus : reg_cfg3_bus_num;   `endif
    end
  else
    begin
      reg_cfg0_bus_num <= reg_cfg0_bus_num;       // Hold the current value
      `ifdef EXPOSE_CFG_PORT_1   reg_cfg1_bus_num <= reg_cfg1_bus_num;    `endif  
      `ifdef EXPOSE_CFG_PORT_2   reg_cfg2_bus_num <= reg_cfg2_bus_num;    `endif   
      `ifdef EXPOSE_CFG_PORT_3   reg_cfg3_bus_num <= reg_cfg3_bus_num;    `endif
    end

// Drive Bus and Device number to Functions and AFUs (Function provides 'function' number)
assign cfg0_bus_num    = reg_cfg0_bus_num;
assign cfg0_device_num = device_num;

`ifdef EXPOSE_CFG_PORT_1   
  assign cfg1_bus_num    = reg_cfg1_bus_num;
  assign cfg1_device_num = device_num;
`endif

`ifdef EXPOSE_CFG_PORT_2   
  assign cfg2_bus_num    = reg_cfg2_bus_num;
  assign cfg2_device_num = device_num;
`endif

`ifdef EXPOSE_CFG_PORT_3   
  assign cfg3_bus_num    = reg_cfg3_bus_num;
  assign cfg3_device_num = device_num;
`endif


// ==============================================================================================================================
// @@@ CFR: Configuration Read state machine
// ==============================================================================================================================

reg   [1:0] cfr_portnum;
reg   [2:0] cfr_function;
reg  [11:0] cfr_addr;                    
reg  [31:0] cfr_wdata;                   
reg         cfr_wr_1B;                   
reg         cfr_wr_2B;                   
reg         cfr_wr_4B;                   
reg         cfr_rd;                      

reg         cfr_resp_valid;
reg   [7:0] cfr_resp_opcode;
reg   [3:0] cfr_resp_code; 
//g   [1:0] cfr_resp_dl;
//g   [1:0] cfr_resp_dp;
reg  [15:0] cfr_resp_capptag;
reg   [3:0] cfr_rdata_offset;
reg         cfr_rdata_bdi;
reg  [31:0] cfr_rdata_bus;

reg [127:0] cfr_errvec;          // Error information to save and (optionally) pass to the AFU
reg         cfr_errvec_valid;

wire cfr_bad;
assign cfr_bad = (cfr_wr_2B & cfr_addr[0]) | (cfr_wr_4B & |(cfr_addr[1:0]));

`ifdef MARK_DEBUG_ACTIVE (* mark_debug = "TRUE" *) `endif
reg [2:0]  SM_CFR;           
parameter  SM_CFR_IDLE          = 3'b000;
parameter  SM_CFR_WAIT1         = 3'b001;
parameter  SM_CFR_WAIT2         = 3'b010;
parameter  SM_CFR_FORM_RESPONSE = 3'b011;
parameter  SM_CFR_WAIT4NEXT_CMD = 3'b100;
parameter  SM_CFR_ERROR         = 3'b111;    // May not be necessary, but define for possible future use

always @(posedge(clock))
  if (SM_CFR == SM_CFR_IDLE) 
    begin
      // if cmd was config_read, no error was decoded, and space is available in the response buffer, begin send write info to targeted Function
      if (start_config_read == 1'b1 && errors_detected_rd == 1'b0 && arb_rff_buffers_available >= 4'b0001)
        begin
          cfr_portnum        <= arb_portnum;
          cfr_function       <= arb_cmd_function;
          cfr_addr           <= arb_cmd_pa[11:0];       
          cfr_wdata          <= arb_data_bus;
          cfr_wr_1B          <= 1'b0;                   
          cfr_wr_2B          <= (arb_cmd_pl == 3'b001) ? 1'b1 : 1'b0;                   
          cfr_wr_4B          <= (arb_cmd_pl == 3'b010) ? 1'b1 : 1'b0;                                  
          cfr_rd             <= 1'b1;
        end
      else      // No command is valid, it is not config_reaed, an error was detected on the command, or no Response buffer entry is available
        begin
          cfr_portnum        <= 2'b0;          // Set to 0 so doesn't interfere with OR gate
          cfr_function       <= 3'b0;
          cfr_addr           <= 12'b0;       
          cfr_wdata          <= 32'b0;
          cfr_wr_1B          <= 1'b0;                   
          cfr_wr_2B          <= 1'b0;                   
          cfr_wr_4B          <= 1'b0;                   
          cfr_rd             <= 1'b0;
        end
    end
  else          // Not in this state
    begin
      cfr_portnum        <= 2'b0;             // Set to 0 so doesn't interfere with OR gate
      cfr_function       <= 3'b0;
      cfr_addr           <= 12'b0;       
      cfr_wdata          <= 32'b0;
      cfr_wr_1B          <= 1'b0;                   
      cfr_wr_2B          <= 1'b0;                   
      cfr_wr_4B          <= 1'b0;                   
      cfr_rd             <= 1'b0;
    end

// WAIT1: Write cmd driven to Function.
//                From a behavior standpoint, there is nothing to do. 

// WAIT2: Function captures it and reads target reg.
//                From a behavior standpoint, there is nothing to do. 

// FORM_RESPONSE: SEQ captures acknowledgement so can form response.
//                Prepare one of two responses to the TLX. 
//                - If no error is present, prepare mem_rd_response
//                - If    error is present, prepare mem_rd_fail. Also save error information and generate interrupt. 
//                Since a response buffer slot is known to be present (checked before command was started), 
//                indicate the command is complete and return to IDLE state.
always @(posedge(clock))
  if (SM_CFR == SM_CFR_FORM_RESPONSE) 
    begin
      // These signals are independent of the response code
      cfr_resp_valid      <= 1'b1;             // Load the generated response into the Response FIFO on the next cycle
//    cfr_resp_dl         <= 2'b01;            // TL architecture specifies dL=64 Bytes on mem_wr_response to config_write
//    cfr_resp_dp         <= 2'b00;            // TL architecture specifies all FLITs covered by response, so start at 0
      cfr_resp_capptag    <= arb_cmd_capptag;  // Return 'capptag' from original command
      cfr_rdata_offset    <= arb_cmd_pa[5:2];  // Provide address within the 64B FLIT for the 4B of read data to be aligned by TLX
      cfr_rdata_bdi       <= 1'b0;             // In FPGA, assume data from registers never has a soft error
      cfr_rdata_bus       <= cfg_rdata;        // Capture data returned from targeted Function
      cfr_cmd_dispatched  <= 1'b1;             // Remove this command from the selected CMD FIFO
      // Form fields for error vector, see documentation for desired field definition
      cfr_errvec[127:112] <= 16'h0000;         // Reserve 'Error Source' field (AFU will overlay this)
      //        [111:108]                      // 'Response Code' filled in below
      cfr_errvec[    107] <= 1'b0;             // In FPGA, assume data from registers never has a soft error
      cfr_errvec[106:104] <= 3'b010;           // [105] = config_read error
      cfr_errvec[103: 99] <= arb_cmd_device;
      cfr_errvec[ 98: 96] <= arb_cmd_function;
      cfr_errvec[     95] <= dev_func_mismatch;
      cfr_errvec[     94] <= detect_bad_op;
      cfr_errvec[     93] <= tbit_is_1;
      cfr_errvec[     92] <= 1'b0; // data_is_bad;      
      cfr_errvec[     91] <= pl_is_invalid;
      cfr_errvec[     90] <= cfg_bad_op_or_align;
      cfr_errvec[     89] <= alert_cfg_addr_not_implemented;
      cfr_errvec[     88] <= cfg_rdata_vld;
      cfr_errvec[     87] <= arb_cmd_t;
      cfr_errvec[ 86: 84] <= arb_cmd_pl;
      cfr_errvec[ 83: 82] <= arb_portnum;
      cfr_errvec[ 81: 80] <= 2'b01;            // dL doesn't exist in config_write or config_read, so set to one 64B FLIT
      cfr_errvec[ 79: 64] <= arb_cmd_capptag;
      cfr_errvec[ 63:  0] <= { 32'b0, arb_cmd_pa };
      // Check for errors, determining proper response code for each type
//    if ( <data read from config space is always considered uncorrupted> )
//      begin
//        cfr_resp_opcode     <= 8'h02;            // mem_rd_fail
//        cfr_resp_code       <= 4'h8;             // Data Error
//        cfr_errvec[111:108] <= 4'h8;             // Save RESP_CODE field
//        cfr_errvec_valid    <= 1'b1;             // Pulse error valid
//      end
//    else if (pl_is_invalid == 1'b1)
      if (pl_is_invalid == 1'b1)
        begin
          cfr_resp_opcode     <= 8'h02;            // mem_rd_fail
          cfr_resp_code       <= 4'h9;             // Unsupported Operand length
          cfr_errvec[111:108] <= 4'h9;
          cfr_errvec_valid    <= 1'b1;
        end
      else if (cfg_bad_op_or_align == 1'b1)        // config_read is executed aligned to a 4B boundary, so this shouldn't happen 
        begin
          cfr_resp_opcode     <= 8'h02;            // mem_rd_fail
          cfr_resp_code       <= 4'hB;             // Bad address
          cfr_errvec[111:108] <= 4'hB;
          cfr_errvec_valid    <= 1'b1;
        end
      else if (dev_func_mismatch == 1'b1        || 
               tbit_is_1 == 1'b1                || 
               alert_cfg_addr_not_implemented == 1'b1 ||
               cfg_bad_op_or_align == 1'b1      || // Reads are always done on 4B boundary, so if this goes off on config_read it is an internal error
               cfg_rdata_vld == 1'b0            )  // Returned 'data valid' should be 1 if nothing went wrong with read
              // || ('access to register outside architected range')  <-- there is no check for this, since the address size used on
              //                                                          config ops ([11:0]) matches the address size of the configuration space
        begin
          cfr_resp_opcode     <= 8'h02;            // mem_rd_fail
          cfr_resp_code       <= 4'hE;             // General failure 
          cfr_errvec[111:108] <= 4'hE;
          cfr_errvec_valid    <= 1'b1;
       end
      else      // Command was successful
        begin
          cfr_resp_opcode     <= 8'h01;            // mem_rd_response
          cfr_resp_code       <= 4'h0;             // Not used with mem_rd_response
          cfr_errvec[111:108] <= 4'h0;             
          cfr_errvec_valid    <= 1'b0;             // No error to report
        end
    end
  else          // Not in this state
    begin
      cfr_resp_valid      <= 1'b0;                 // Set to 0 so doesn't interfere with OR gate 
//    cfr_resp_dl         <= 2'b0;            
//    cfr_resp_dp         <= 2'b0;            
      cfr_resp_capptag    <= 16'b0; 
      cfr_rdata_offset    <= 4'b0;          
      cfr_rdata_bdi       <= 1'b0;
      cfr_rdata_bus       <= 32'b0;
      cfr_cmd_dispatched  <= 1'b0;    
      cfr_resp_opcode     <= 8'h00;
      cfr_resp_code       <= 4'h0;   
      cfr_errvec          <= 128'b0;               // No error information saved
      cfr_errvec_valid    <= 1'b0;                 // Error information is not valid
    end


// WAIT4NEXT_CMD: In this cycle, 'cmd_dispatched' appears at the CMD FIFO, so give it a cycle to move to the next command.
//                From a behavior standpoint, there is nothing to do. 


// Determine next state
always @(posedge(clock))
  if (reset == 1'b1)                             SM_CFR <= SM_CFR_IDLE;   
  else 
    case (SM_CFR)
      SM_CFR_IDLE:            
          if (start_config_read == 1'b1 && arb_rff_buffers_available >= 4'b0001)    // Proceed if errors exist, but suppress read 
                                                 SM_CFR <= SM_CFR_WAIT1;        
          else                                   SM_CFR <= SM_CFR_IDLE;
      SM_CFR_WAIT1:                                                                // Write cmd driven to Function
                                                 SM_CFR <= SM_CFR_WAIT2;
      SM_CFR_WAIT2:                                                                // Function captures it and reads target reg
                                                 SM_CFR <= SM_CFR_FORM_RESPONSE;
      SM_CFR_FORM_RESPONSE:                                                        // SEQ captures acknowledgement so can form response
                                                 SM_CFR <= SM_CFR_WAIT4NEXT_CMD;
      SM_CFR_WAIT4NEXT_CMD:                                                        // Wait for CMD FIFO to move to next CMD
                                                 SM_CFR <= SM_CFR_IDLE;
      SM_CFR_ERROR:
                                                 SM_CFR <= SM_CFR_ERROR;           // Once in ERROR state, stay there
      default:
                                                 SM_CFR <= SM_CFR_ERROR;           // Enter ERROR state if state decodes incorrectly
    endcase


// ==============================================================================================================================
// @@@  SRC: Determine new source (do after SM_CFW and SM_CFR are declared)
// ==============================================================================================================================

// Select a new command from the various port CMD FIFOs when:
// - all state machines are IDLE and no commands are in progress, OR
// - a command has been dispatched (meaning it just completed executing), OR
//// - there are no response buffers available to execute the command currently selected by the arbiter

assign select_new_source = ( (SM_CFW == SM_CFW_IDLE && SM_CFR == SM_CFR_IDLE && SM_BOP == SM_BOP_IDLE &&
                              start_config_write == 1'b0 && start_config_read == 1'b0 && detect_bad_op == 1'b0) ||
                             (cmd_dispatched == 1'b1) ||
                             (arb_rff_buffers_available == 4'b0000)
                           ) ? 1'b1 : 1'b0;

// ==============================================================================================================================
// @@@  OR: Combine ports to Functions and Responses from CFW and CFR into single outputs
// ==============================================================================================================================
// Only cfw or cfr should be active, the other has a zero value on it. With this, use a simple OR of the two sources to combine them.

// Outputs to Functions
assign cfg_function = cfw_function | cfr_function;
assign cfg_portnum  = cfw_portnum  | cfr_portnum ;
assign cfg_addr     = cfw_addr     | cfr_addr    ;
assign cfg_wdata    = cfw_wdata    | cfr_wdata   ;
assign cfg_wr_1B    = cfw_wr_1B    | cfr_wr_1B;
assign cfg_wr_2B    = cfw_wr_2B    | (cfr_wr_2B & cfr_bad)  ;
assign cfg_wr_4B    = cfw_wr_4B    | (cfr_wr_4B & cfr_bad)  ;
assign cfg_rd       = cfw_rd       | cfr_rd      ;
assign cfg_bad_rd   = cfr_bad;
assign cfg_rd_1B    = cfr_wr_1B;
assign cfg_rd_2B    = cfr_wr_2B;
assign cfg_rd_4B    = cfr_wr_4B;


// Outputs to Response FIFOs
// 'resp_valid' has an extra condition, where the port numbers need to be checked. The extra check is not needed on the other
// signals, as they can wiggle to non-zero values and be ignored by the RESP FIFO as long as 'resp_valid' remains inactive.

// --- Port 0 ---
assign cfg0_rff_resp_valid   = ( arb_portnum == 2'b00 ) ? (cfw_resp_valid | cfr_resp_valid | bop_resp_valid) : 1'b0;
assign cfg0_rff_resp_opcode  = cfw_resp_opcode  | cfr_resp_opcode  | bop_resp_opcode  ;
assign cfg0_rff_resp_code    = cfw_resp_code    | cfr_resp_code    | bop_resp_code    ; 
//sign cfg0_rff_resp_dl      = cfw_resp_dl      | cfr_resp_dl      | bop_resp_dl      ;
//sign cfg0_rff_resp_dp      = cfw_resp_dp      | cfr_resp_dp      | bop_resp_dp      ;
assign cfg0_rff_resp_capptag = cfw_resp_capptag | cfr_resp_capptag | bop_resp_capptag ;
assign cfg0_rff_rdata_offset = cfw_rdata_offset | cfr_rdata_offset | bop_rdata_offset ;
assign cfg0_rff_rdata_bdi    = cfw_rdata_bdi    | cfr_rdata_bdi    | bop_rdata_bdi    ;
assign cfg0_rff_rdata_bus    = cfw_rdata_bus    | cfr_rdata_bus    | bop_rdata_bus    ;

`ifdef EXPOSE_CFG_PORT_1
  // --- Port 1 ---
  assign cfg1_rff_resp_valid   = ( arb_portnum == 2'b01 ) ? (cfw_resp_valid | cfr_resp_valid | bop_resp_valid) : 1'b0;
  assign cfg1_rff_resp_opcode  = cfw_resp_opcode  | cfr_resp_opcode  | bop_resp_opcode  ;
  assign cfg1_rff_resp_code    = cfw_resp_code    | cfr_resp_code    | bop_resp_code    ; 
  //sign cfg1_rff_resp_dl      = cfw_resp_dl      | cfr_resp_dl      | bop_resp_dl      ;
  //sign cfg1_rff_resp_dp      = cfw_resp_dp      | cfr_resp_dp      | bop_resp_dp      ;
  assign cfg1_rff_resp_capptag = cfw_resp_capptag | cfr_resp_capptag | bop_resp_capptag ;
  assign cfg1_rff_rdata_offset = cfw_rdata_offset | cfr_rdata_offset | bop_rdata_offset ;
  assign cfg1_rff_rdata_bdi    = cfw_rdata_bdi    | cfr_rdata_bdi    | bop_rdata_bdi    ;
  assign cfg1_rff_rdata_bus    = cfw_rdata_bus    | cfr_rdata_bus    | bop_rdata_bus    ;
`endif

`ifdef EXPOSE_CFG_PORT_2
  // --- Port 2 ---
  assign cfg2_rff_resp_valid   = ( arb_portnum == 2'b10 ) ? (cfw_resp_valid | cfr_resp_valid | bop_resp_valid) : 1'b0;
  assign cfg2_rff_resp_opcode  = cfw_resp_opcode  | cfr_resp_opcode  | bop_resp_opcode  ;
  assign cfg2_rff_resp_code    = cfw_resp_code    | cfr_resp_code    | bop_resp_code    ; 
  //sign cfg2_rff_resp_dl      = cfw_resp_dl      | cfr_resp_dl      | bop_resp_dl      ;
  //sign cfg2_rff_resp_dp      = cfw_resp_dp      | cfr_resp_dp      | bop_resp_dp      ;
  assign cfg2_rff_resp_capptag = cfw_resp_capptag | cfr_resp_capptag | bop_resp_capptag ;
  assign cfg2_rff_rdata_offset = cfw_rdata_offset | cfr_rdata_offset | bop_rdata_offset ;
  assign cfg2_rff_rdata_bdi    = cfw_rdata_bdi    | cfr_rdata_bdi    | bop_rdata_bdi    ;
  assign cfg2_rff_rdata_bus    = cfw_rdata_bus    | cfr_rdata_bus    | bop_rdata_bus    ;
`endif

`ifdef EXPOSE_CFG_PORT_3
  // --- Port 3 ---
  assign cfg3_rff_resp_valid   = ( arb_portnum == 2'b11 ) ? (cfw_resp_valid | cfr_resp_valid | bop_resp_valid) : 1'b0;
  assign cfg3_rff_resp_opcode  = cfw_resp_opcode  | cfr_resp_opcode  | bop_resp_opcode  ;
  assign cfg3_rff_resp_code    = cfw_resp_code    | cfr_resp_code    | bop_resp_code    ; 
  //sign cfg3_rff_resp_dl      = cfw_resp_dl      | cfr_resp_dl      | bop_resp_dl      ;
  //sign cfg3_rff_resp_dp      = cfw_resp_dp      | cfr_resp_dp      | bop_resp_dp      ;
  assign cfg3_rff_resp_capptag = cfw_resp_capptag | cfr_resp_capptag | bop_resp_capptag ;
  assign cfg3_rff_rdata_offset = cfw_rdata_offset | cfr_rdata_offset | bop_rdata_offset ;
  assign cfg3_rff_rdata_bdi    = cfw_rdata_bdi    | cfr_rdata_bdi    | bop_rdata_bdi    ;
  assign cfg3_rff_rdata_bus    = cfw_rdata_bus    | cfr_rdata_bus    | bop_rdata_bus    ;
`endif

// Drive error signals to AFU
// NOTE: Output port has 1 OR gate after the register. If this creates a timing problem downstream, re-register it again before sending it out.
//       The extra cycle of delay won't really matter - the important thing is logging the reason behind the error.
assign cfg_errvec       = cfw_errvec       | cfr_errvec       | bop_errvec;
assign cfg_errvec_valid = cfw_errvec_valid | cfr_errvec_valid | bop_errvec_valid;


endmodule